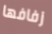
زفافها